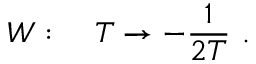
W : \quad T \rightarrow - \frac { 1 } { 2 T } \ .